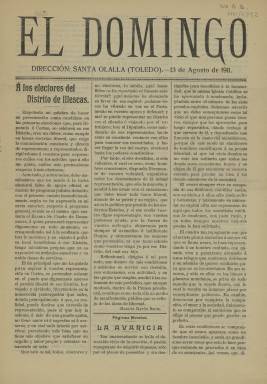
Título: El Domingo (Santa Olalla)
Colección: Periódicos
Ámbito geográfico: Toledo
Lugar de publicación: Santa Olalla, Toledo
Fechas: 13/08/1911-13/08/1911